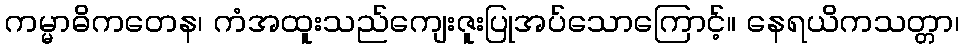
ကမ္မာဓိကတေန၊ ကံအထူးသည်ကျေးဇူးပြုအပ်သောကြောင့်။ နေရယိကသတ္တာ၊